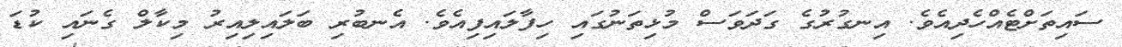
ސައިތަށްޓެއްހެދިއެވެ. އިނގުރުގެ ގަދަވަސް މުޅިތަނުގައި ހިފާލައިފިއެވެ. އެނބުރި ބަލައިލިއިރު މިކާލް ގެނައި ކުޑަ